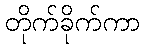
တိုက်ခိုက်ကာ